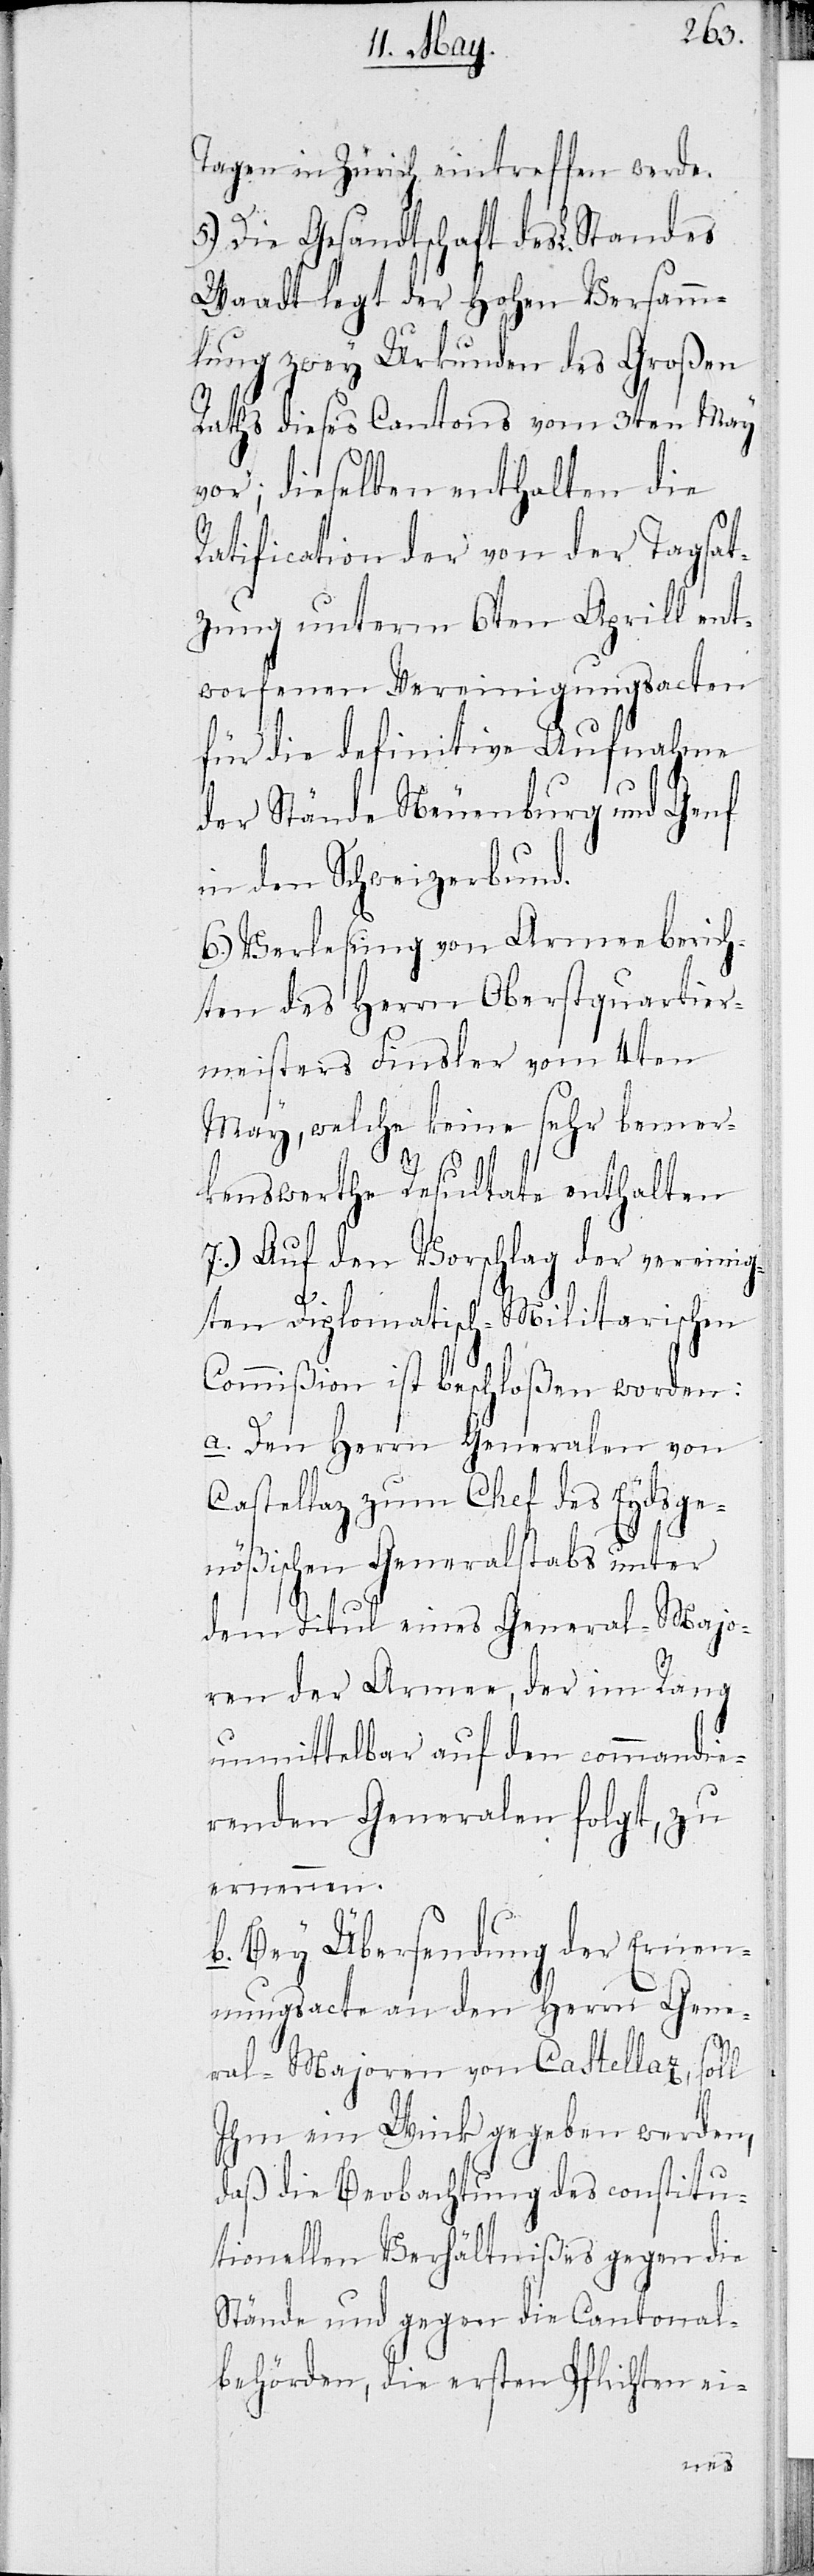
Tagen in Zürich eintreffen werde.
5.) Die Gesandtschaft des L. Standes
Waadt legt der Hohen Versamm¬
lung zwey Urkunden des Großen
Raths dieses Cantons vom 3ten May
vor; dieselben enthalten die
Ratification der von der Tagsat¬
zung unterm 6ten Aprill ent¬
worfenen Vereinigungsacten
für die definitive Aufnahme
der Stände Neuenburg und Genf
in den Schweizerbund.
6.) Verlesung von Armeeberich¬
ten des Herrn Oberstquartier¬
meister Finsler vom 4ten
May, welche keine sehr bemer¬
kenswerthe Resultate enthalten.
7.) Auf den Vorschlag der vereinig¬
ten Diplomatisch-Militarischen
Commißion ist beschloßen worden:
a. Den Herrn Generalen von
Castellaz zum Chef des Eydsge¬
nößischen Generalstabs unter
dem Titul eines General-Majo¬
ren der Armee, der im Rang
unmittelbar auf den commandie¬
renden Generalen folgt, zu
ernennen.
b. Bey Übersendung der Ernen¬
nungsacte an den Herrn Gene¬
ral-Majoren von Castellaz, soll
ihm ein Wink gegeben werden,
daß die Beobachtung des constitu¬
tionellen Verhältnißes gegen die
Stände und gegen die Cantonal¬
behörden, die ersten Pflichten ei-